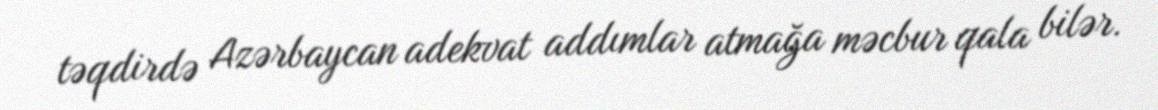
təqdirdə Azərbaycan adekvat addımlar atmağa məcbur qala bilər.